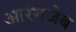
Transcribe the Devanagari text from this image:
आरंगजेब